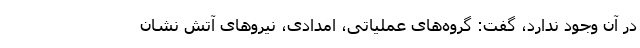
در آن وجود ندارد، گفت: گروه‌های عملیاتی، امدادی، نیروهای آتش نشان